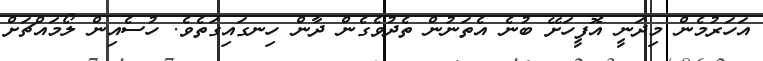
އަހަރުމެން މިދަނީ އޮފީހަށޭ ބުނެ އެތަނުން ތެދުވެގެން ދާން ހިނގައިގަތެވެ. ހުސެއިން ލޯމައްޗަށް